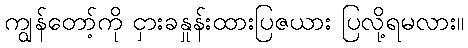
ကျွန်တော့်ကို ငှားခနှုန်းထားပြဇယား ပြလို့ရမလား။